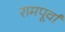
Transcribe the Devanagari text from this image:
रामपूर्वा